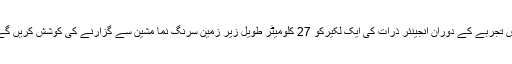
اس تجربے کے دوران انجینئر ذرات کی ایک لکیرکو 27 کلومیٹر طویل زیر زمین سرنگ نما مشین سے گزارنے کی کوشش کریں گے۔